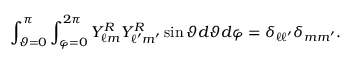
\int _ { \vartheta = 0 } ^ { \pi } \int _ { \varphi = 0 } ^ { 2 \pi } Y _ { \ell m } ^ { \cal R } Y _ { \ell ^ { \prime } m ^ { \prime } } ^ { \cal R } \sin \vartheta d \vartheta d \varphi = \delta _ { \ell \ell ^ { \prime } } \delta _ { m m ^ { \prime } } .